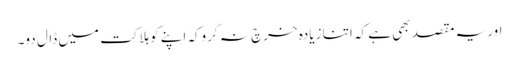
اوریہ مقصد بھی ہے کہ اتنا زیادہ خرچ نہ کروکہ اپنے کوہلاکت میں ڈال دو۔